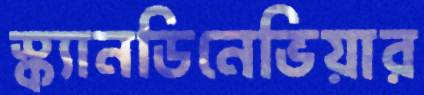
স্ক্যানডিনেভিয়ার